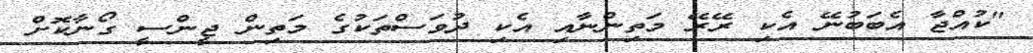
"ކުއްޖާ އެބަބުނޭ އެކި ރޭރޭ މަތިންނާއި އެކި ދުވަސްތަކުގެ މަތިން ޖީންސީ ގޯނާކޮށް